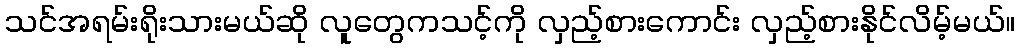
သင်အရမ်းရိုးသားမယ်ဆို လူတွေကသင့်ကို လှည့်စားကောင်း လှည့်စားနိုင်လိမ့်မယ်။